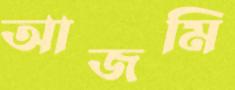
আজমি